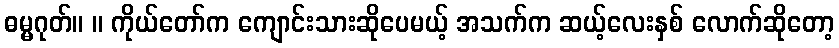
ဓမ္မဂုတ်။ ။ ကိုယ်တော်က ကျောင်းသားဆိုပေမယ့် အသက်က ဆယ့်လေးနှစ် လောက်ဆိုတော့